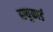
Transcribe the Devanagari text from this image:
ब्ल्युकार्ड